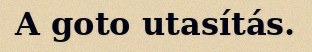
A goto utasítás.